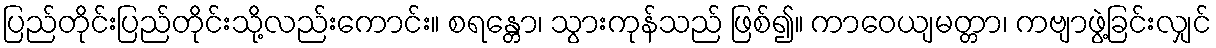
ပြည်တိုင်းပြည်တိုင်းသို့လည်းကောင်း။ စရန္တော၊ သွားကုန်သည် ဖြစ်၍။ ကာဝေယျမတ္တာ၊ ကဗျာဖွဲ့ခြင်းလျှင်